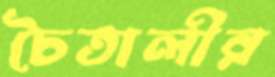
চৈতালীর